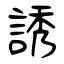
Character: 誘